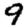
Digit: 9